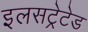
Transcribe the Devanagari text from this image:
इलसट्रेटेड